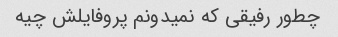
چطور رفیقی که نمیدونم پروفایلش چیه